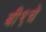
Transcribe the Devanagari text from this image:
बी९चे